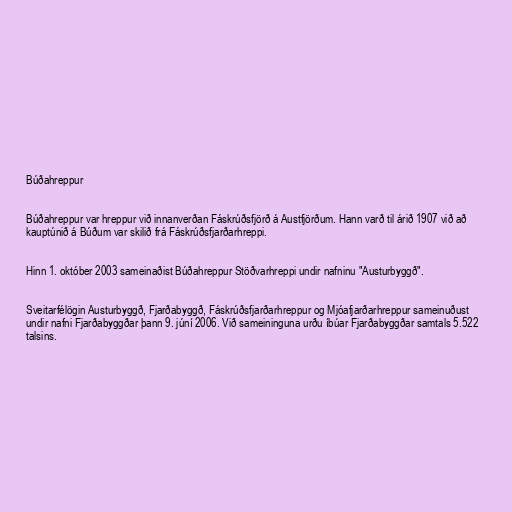
Búðahreppur

Búðahreppur var hreppur við innanverðan Fáskrúðsfjörð á Austfjörðum. Hann varð til árið 1907 við að
kauptúnið á Búðum var skilið frá Fáskrúðsfjarðarhreppi.

Hinn 1. október 2003 sameinaðist Búðahreppur Stöðvarhreppi undir nafninu "Austurbyggð".

Sveitarfélögin Austurbyggð, Fjarðabyggð, Fáskrúðsfjarðarhreppur og Mjóafjarðarhreppur sameinuðust
undir nafni Fjarðabyggðar þann 9. júní 2006. Við sameininguna urðu íbúar Fjarðabyggðar samtals 5.522
talsins.